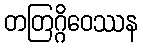
တတြဂ္ဂိဝေဿန